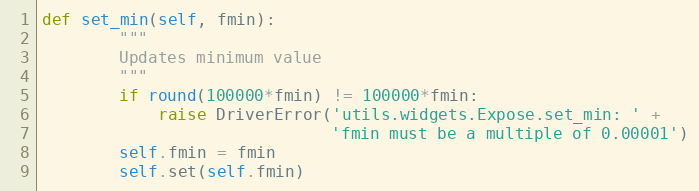
Language: Python
def set_min(self, fmin):
        """
        Updates minimum value
        """
        if round(100000*fmin) != 100000*fmin:
            raise DriverError('utils.widgets.Expose.set_min: ' +
                              'fmin must be a multiple of 0.00001')
        self.fmin = fmin
        self.set(self.fmin)